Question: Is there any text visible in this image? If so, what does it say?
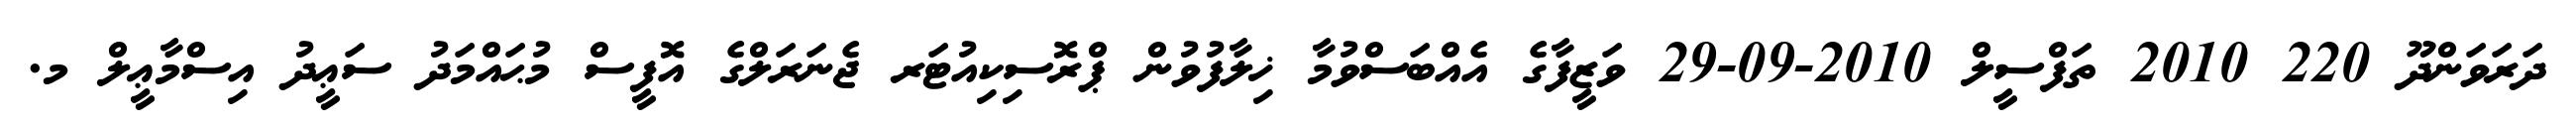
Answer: ދަރަވަންދޫ 220 2010 ތަފްސީލް 2010-09-29 ވަޒީފާގެ އެއްބަސްވުމާ ޚިލާފުވުން ޕްރޮސިކިއުޓަރ ޖެނަރަލްގެ އޮފީސް މުޙައްމަދު ސަޢީދު އިސްމާޢީލް މ.